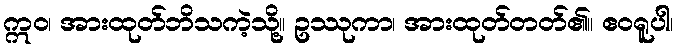
ဣဝ၊ အားထုတ်ဘိသကဲ့သို့။ ဥဿုကာ၊ အားထုတ်တတ်၏။ ဧဝရူပါ၊